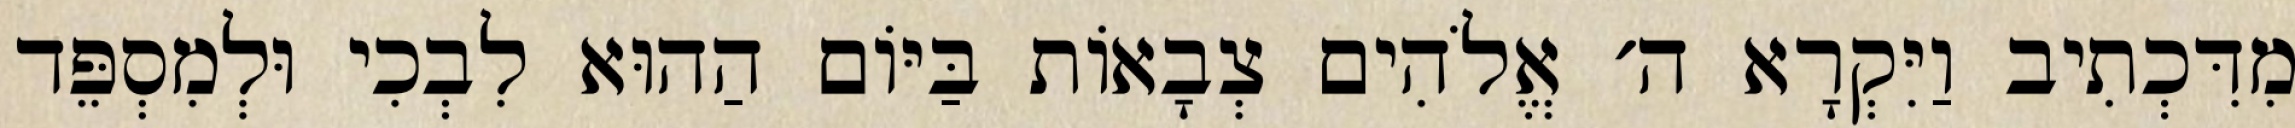
מִדִּכְתִיב וַיִּקְרָא ה׳ אֱלֹהִים צְבָאוֹת בַּיּוֹם הַהוּא לִבְכִי וּלְמִסְפֵּד